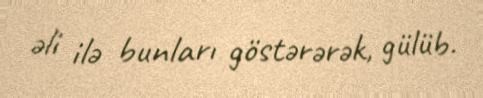
əli ilə bunları göstərərək, gülüb.